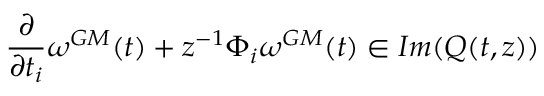
\frac { \partial } { \partial t _ { i } } \omega ^ { G M } ( t ) + z ^ { - 1 } \Phi _ { i } \omega ^ { G M } ( t ) \in I m ( Q ( t , z ) )